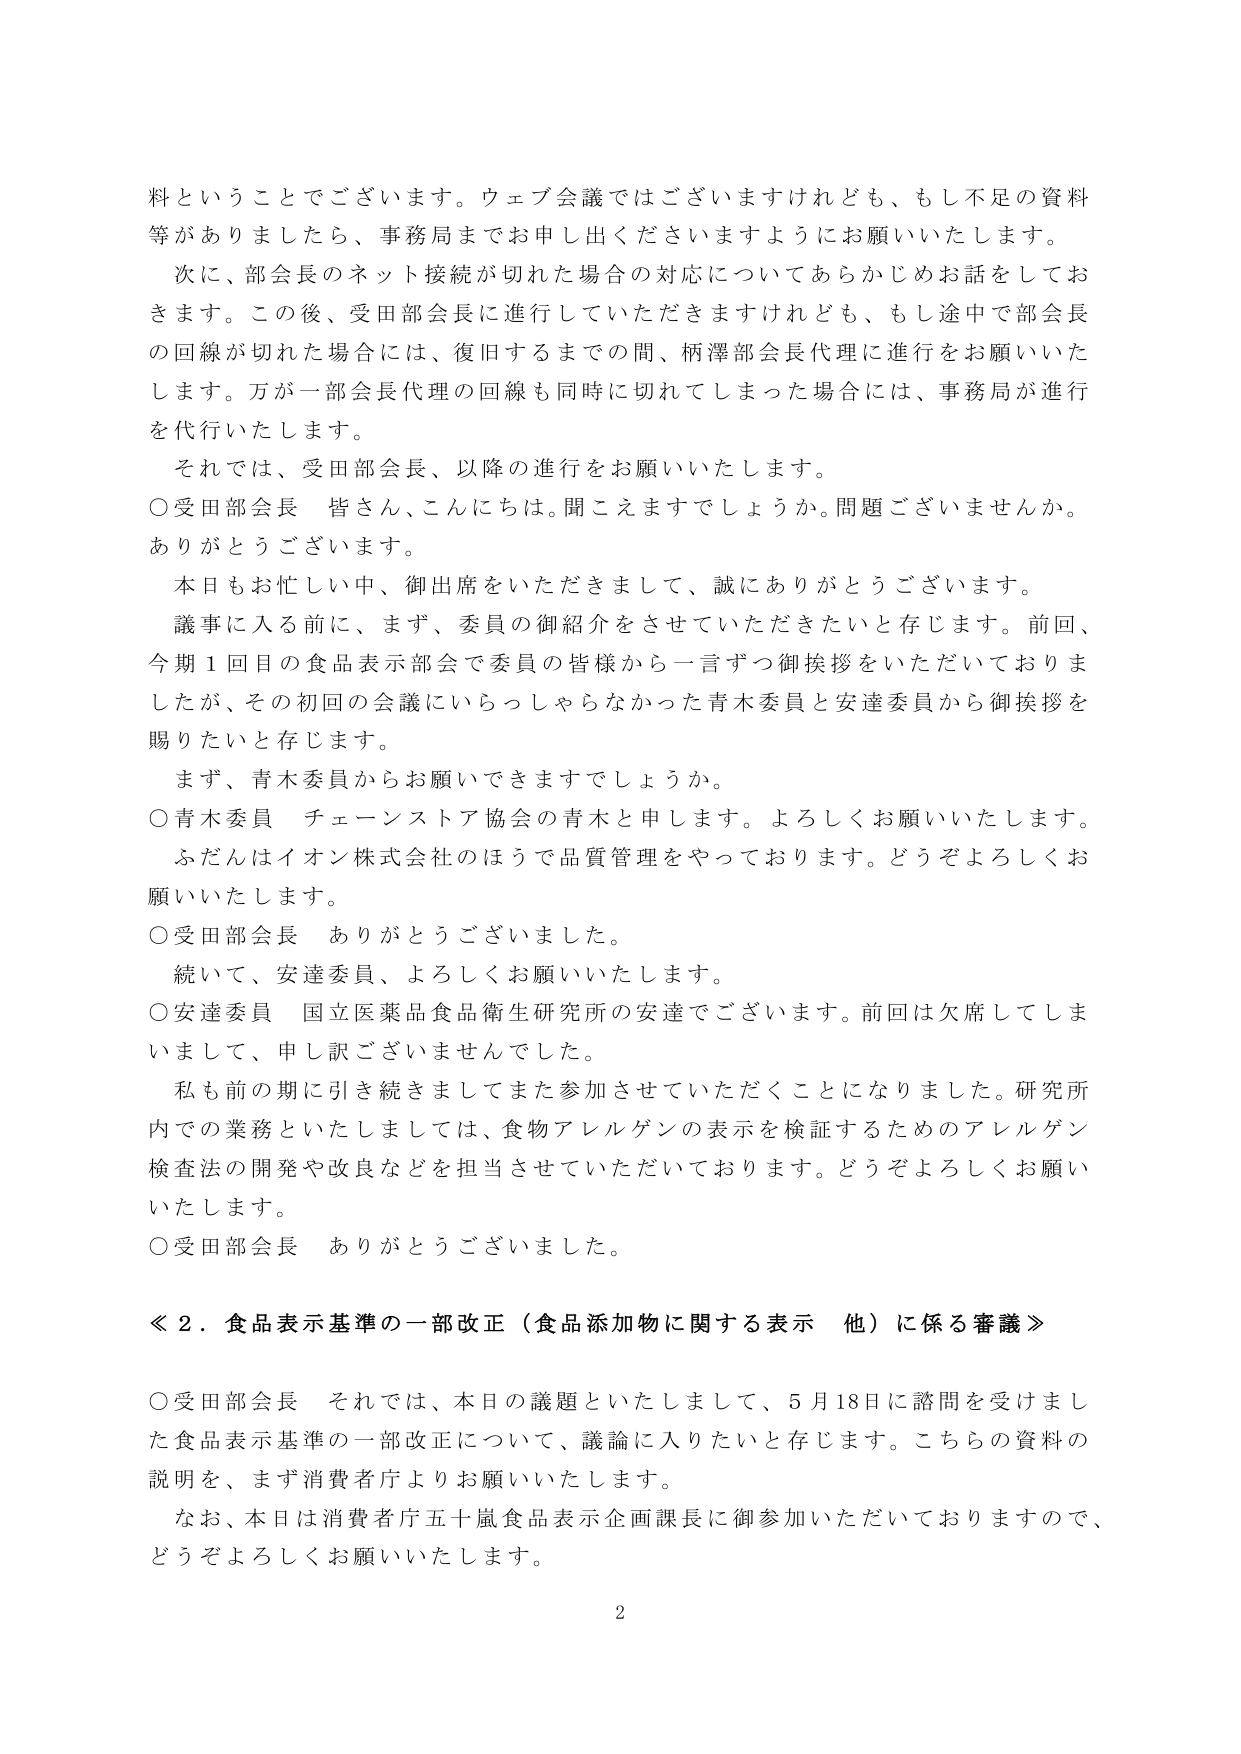
料ということでございます。ウェブ会議ではございますけれども、もし不足の資料等がありましたら、事務局までお申し出くださいますようにお願いいたします。

次に、部会長のネット接続が切れた場合の対応についてあらかじめお話をしておきます。この後、受田部会長に進行していただきますけれども、もし途中で部会長の回線が切れた場合には、復旧するまでの間、柄澤部会長代理に進行をお願いいたします。万が一部会長代理の回線も同時に切れてしまった場合には、事務局が進行を代行いたします。

それでは、受田部会長、以降の進行をお願いいたします。

○受田部会長　皆さん、こんにちは。聞こえますでしょうか。問題ございませんか。ありがとうございます。

本日もお忙しい中、御出席をいただきまして、誠にありがとうございます。

議事に入る前に、まず、委員の御紹介をさせていただきたいと存じます。前回、今期１回目の食品表示部会で委員の皆様から一言ずつ御挨拶をいただいておりましたが、その初回の会議にいらっしゃらなかった青木委員と安達委員から御挨拶を賜りたいと存じます。

まず、青木委員からお願いできますでしょうか。

○青木委員　チェーンストア協会の青木と申します。よろしくお願いいたします。ふだんはイオン株式会社のほうで品質管理をやっております。どうぞよろしくお願いいたします。

○受田部会長　ありがとうございました。

続いて、安達委員、よろしくお願いいたします。

○安達委員　国立医薬品食品衛生研究所の安達でございます。前回は欠席してしまいまして、申し訳ございませんでした。

私も前の期に引き続きましてまた参加させていただくことになりました。研究所内での業務といたしましては、食物アレルゲンの表示を検証するためのアレルゲン検査法の開発や改良などを担当させていただいております。どうぞよろしくお願いいたします。

○受田部会長　ありがとうございました。

≪２．食品表示基準の一部改正（食品添加物に関する表示　他）に係る審議≫

○受田部会長　それでは、本日の議題といたしまして、５月18日に諮問を受けました食品表示基準の一部改正について、議論に入りたいと存じます。こちらの資料の説明を、まず消費者庁よりお願いいたします。

なお、本日は消費者庁五十嵐食品表示企画課長に御参加いただいておりますので、どうぞよろしくお願いいたします。

2